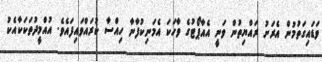
ވަޑައިގަތުމުން އެރަށު ރައްޔިތުން ވަނީ އެއާޕޯޓުގެ ވާހަކަ އެމަނިކުފާނާ ހިއްސާ ކުރައްވައިފައެވެ. އުއްމީދުތަކަކާއެކު